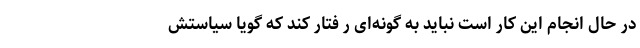
در حال انجام این کار است نباید به گونه‌ای ر فتار کند که گویا سیاستش